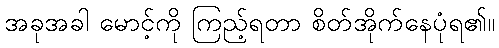
အခုအခါ မောင့်ကို ကြည့်ရတာ စိတ်အိုက်နေပုံရ၏။